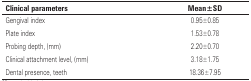
<table><thead><tr><td><b>Clinical parameters</b></td><td><b>Mean±SD</b></td></tr></thead><tbody><tr><td>Gengival index</td><td>0.95±0.85</td></tr><tr><td>Plate index</td><td>1.53±0.78</td></tr><tr><td>Probing depth, (mm)</td><td>2.20±0.70</td></tr><tr><td>Clinical attachment level, (mm)</td><td>3.18±1.75</td></tr><tr><td>Dental presence, teeth</td><td>18.36±7.95</td></tr></tbody></table>